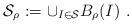
LaTeX: \begin{align*}\mathcal{S}_\rho :=\cup_{I\in \mathcal{S}} B_\rho(I)\ .\end{align*}